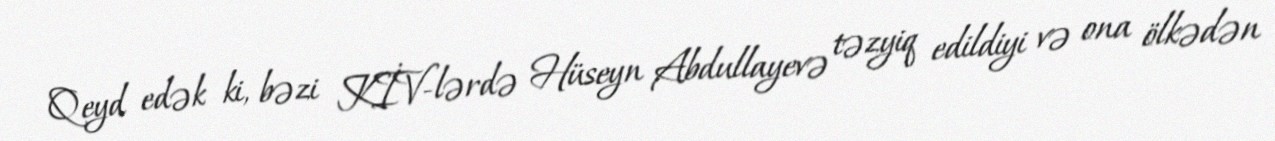
Qeyd edək ki, bəzi KİV-lərdə Hüseyn Abdullayevə təzyiq edildiyi və ona ölkədən